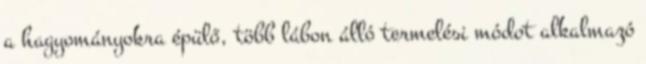
a hagyományokra épülő, több lábon álló termelési módot alkalmazó